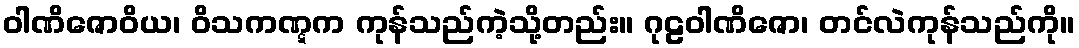
ဝါဏိဇောဝိယ၊ ဝိသကဏ္ဋက ကုန်သည်ကဲ့သို့တည်း။ ဂုဠဝါဏိဇော၊ တင်လဲကုန်သည်ကို။